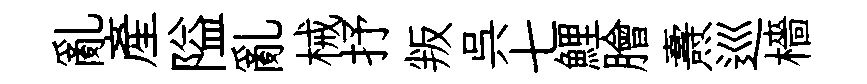
亂產隘亂械抒叛呉七鯉膾燾巡檣